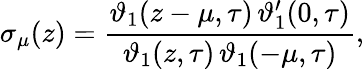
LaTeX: \sigma_{\mu}(z)=\frac{\vartheta_{1}(z-\mu,\tau)\, \vartheta_{1}^{\prime}(0,\tau)}{\vartheta_{1}(z,\tau)\, \vartheta_{1}(-\mu,\tau)},